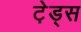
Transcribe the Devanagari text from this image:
टे़ड्स